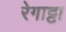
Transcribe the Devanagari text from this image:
रेगाट्टा